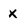
Character: x